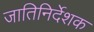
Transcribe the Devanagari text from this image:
जातिनिर्देशक